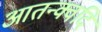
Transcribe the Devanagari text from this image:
आतन्क्वदि